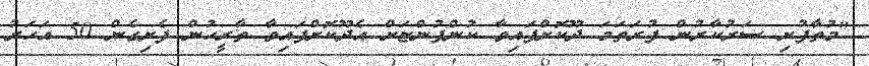
"މުތާފުށި ސަރުކާރުން ފުރަތަމަ ދޫކޮށްފައިވާ ކުންފުންޏަށް އެދޫކޮށްފައިވާ ތާރީހުން ފެށިގެން 50 އަހަރު